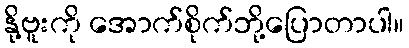
နို့ဗူးကို အောက်စိုက်ဘို့ပြောတာပါ။